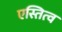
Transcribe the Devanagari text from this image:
एस्तित्व